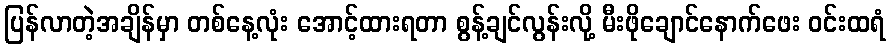
ပြန်လာတဲ့အချိန်မှာ တစ်နေ့လုံး အောင့်ထားရတာ စွန့်ချင်လွန်းလို့ မီးဖိုချောင်နောက်ဖေး ဝင်းထရံ